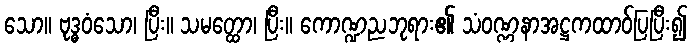
သော။ ဗုဒ္ဓဝံသော၊ ပြီး။ သမတ္ထော၊ ပြီး။ ကောဏ္ဍညဘုရား၏ သံဝဏ္ဏနာအဋ္ဌကထာဝ်ပြပြီး၍